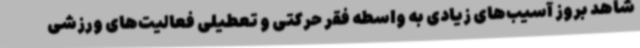
شاهد بروز آسیب‌های زیادی به واسطه فقر حرکتی و تعطیلی فعالیت‌های ورزشی